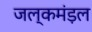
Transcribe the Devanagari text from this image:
जल्कमंड़ल